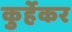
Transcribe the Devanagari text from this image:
कुर्हेकर